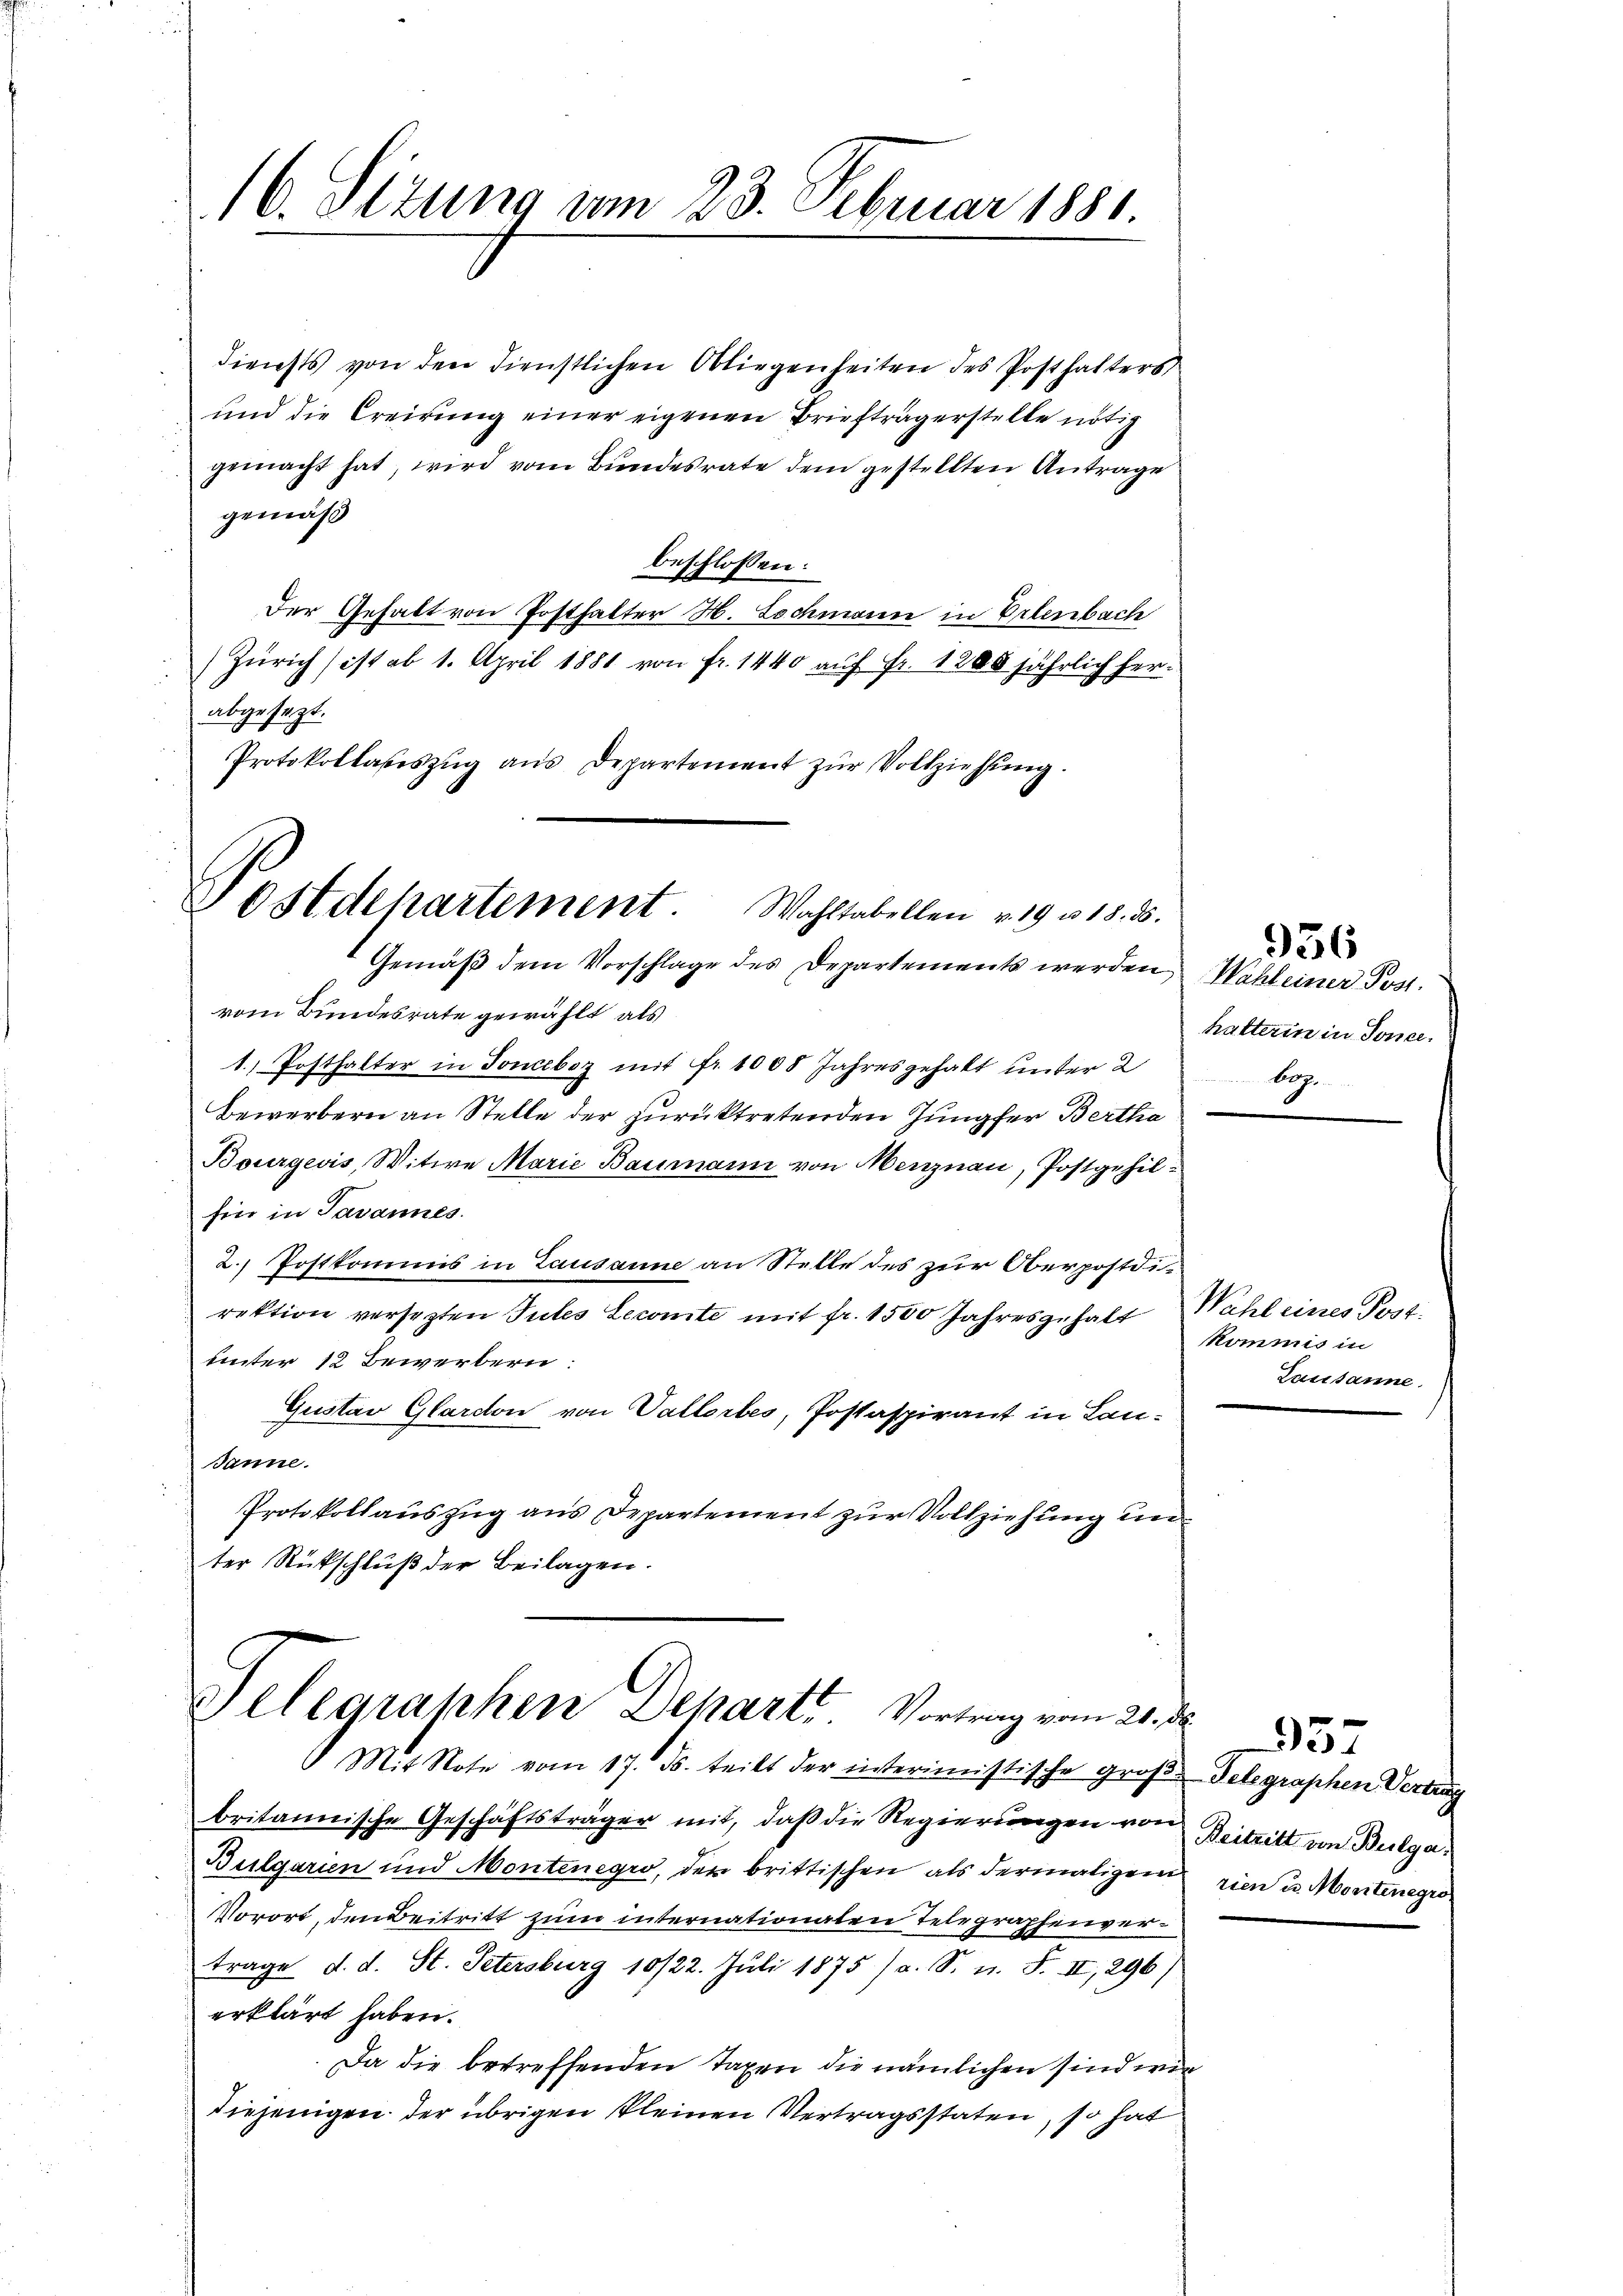
16. Situng am 23. Februar 1881.

diensts von den dienstlichen Obliegenheiten des Posthalters
und die Creirung einer eigenen Briefträgerstelle nötig
gemacht hat, wird vom Bundesrate dem gestellten Antrage
gemäß
beschlossen:
Der Gehalt von Posthalter H. Lochmann in Erlenbach
) Zürich ist ab 1. April 1881 von fr. 1440 auf Fr. 1200 jährlich herabgesezt.
Protokollasiszŭg ans Departement zŭr Vollziehŭng.

Sostdepartement. Wahltabellen v. 19 u 18. ds.
 Gemäß dem Vorschlage des Departements werden,

vom Bundesrate gewählt, als
1.) Posthalter in Tonceboz mit fr. 1008 Jahresgehalt unter 2
Bewerbern an Stelle der zurücktretenden Jungfer Bertha
Bourgeris, Witwe Marie Baumann von Menznau, Postgehil
Ein in Javannes.
2.) Postkommis in Lausanne an Stelle des zur Oberpostdirektion versezten Tutes Lecomite mit fr. 1500 Jahresgehalt Wahl eines Post-
unter 12 Bewerbern:
Gustav Glardon von Vallerbes, Postaspirant in Lan¬
Janne.
Protokollauszug aus Departement zur Vollziehung unter Rückschluß der Beilagen.

Telegraphen Departe. Vortrag vom 21.
6 Mit Note vom 17. ds. teilt der einterimistische Groß-Telegraphen Vertrag

Wahl einer Post.
hatterin in Jone.
pon

britannische Geschäftsträger mit, daß die Regierungen von Beitritt von Bulga¬
Bulgarien und Montenegro, der brittischen als dermaligem
Vorort, den Beitritt zum internationalen Telegraphenvertrage d. d. St. Petersburg 10/22. Juli 1875 /a. S. n. F. II, 296)
erklärt haben.
Da die betreffenden Taxen die nämlichen sind wie
diejenigen der übrigen kleinen Vertragsstaten, so hat

956

kommis in
Lausanne.

rien u. Montenegro

937